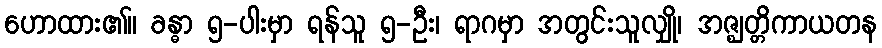
ဟောထား၏။ ခန္ဓာ ၅-ပါးမှာ ရန်သူ ၅-ဦး၊ ရာဂမှာ အတွင်းသူလျှို၊ အဇ္ဈတ္တိကာယတန